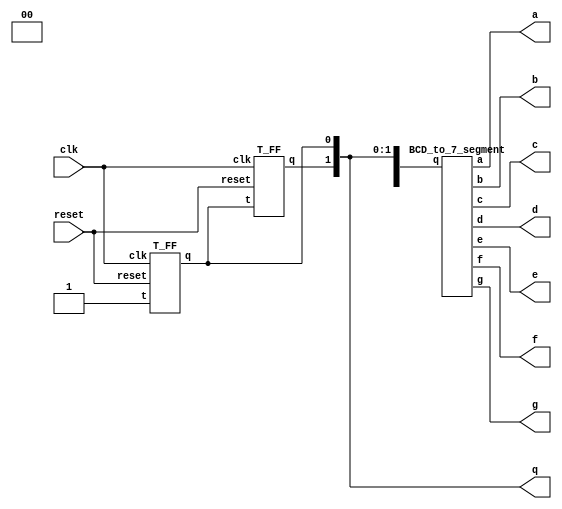
//-----------------------------------------------------
 // Design Name : 2-Bit Synchronous Count Up 
 // Function    : Using Synchronous Sequential Circuit Design to create 2 bit count up on CPLD
 // Coder       : Paskorn Champrasert
 //-----------------------------------------------------
 
module countup2bit (a,b,c,d,e,f,g, q, clk, reset);
	output a,b,c,d,e,f,g;
	output [1:0] q; // MSB [...] LSB
	input clk, reset;
	wire q0;

		T_FF tff0 (q[0], 1'b1, clk, reset);
		T_FF tff1 (q[1], q[0], clk, reset);
		BCD_to_7_segment bcds (a,b,c,d,e,f,g,{2'b00,q});
			
endmodule

module BCD_to_7_segment (a,b,c,d,e,f,g,q);
	output a,b,c,d,e,f,g;
	input [3:0] q;
	
	assign a = (q == 1 || q == 4) ? 1'b1 : 1'b0;
	assign b = (q == 5 || q == 6) ? 1'b1 : 1'b0;
	assign c = (q == 2) ? 1'b1 : 1'b0;
	assign d = (q == 1 || q == 4 || q == 7) ? 1'b1 : 1'b0;
	assign e = (q == 1 || q == 3 || q == 4 || q == 5 || q == 7 || q == 9) ? 1'b1 : 1'b0;
	assign f = (q == 1 || q == 2 || q == 3 || q == 7) ? 1'b1 : 1'b0;
	assign g = (q == 0 || q == 1 || q == 7) ? 1'b1 : 1'b0;

endmodule

module T_FF (q, t, clk, reset);
	output q;
	input t,clk,reset;
	wire d;
		xor x1(d,q,t);
		D_FF d1(q,d,clk,reset);
endmodule

module D_FF (q, d, clk, reset);
	output q;
	input d,clk,reset;
	reg q;
	
	always @(posedge reset or negedge clk)
		if (reset)
  			q <= 1'b0;
		else
  			q <= d;
endmodule